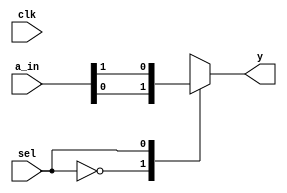

module Mux2x1(
	input clk,
	input sel,
	input [1:0] a_in,
	output reg y
);

always @(clk or sel or a_in) begin
	case(sel) 
		0: y = a_in[0];
		1: y = a_in[1];
	endcase
end

endmodule